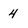
Character: 4